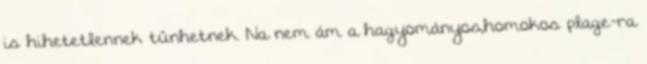
is hihetetlennek tűnhetnek. Na nem ám a hagyományos,homokos plage-ra